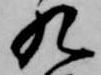
九